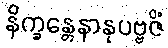
နိက္ခန္တေနာနုပဗ္ဗဇိံ